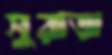
সুরাজ